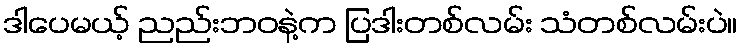
ဒါပေမယ့် ညည်းဘဝနဲ့က ပြဒါးတစ်လမ်း သံတစ်လမ်းပဲ။